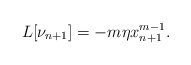
\begin{align*}L[\nu_{n+1}]=-m\eta x_{n+1}^{m-1}.\end{align*}